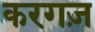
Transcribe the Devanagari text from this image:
करगज़